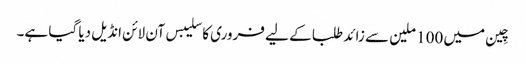
چِین میں 100 ملین سے زائد طلبا کے لیے فروری کا سلیبس آن لائن انڈیل دیا گیا ہے۔